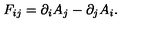
F _ { i j } = \partial _ { i } A _ { j } - \partial _ { j } A _ { i } .